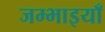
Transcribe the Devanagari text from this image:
जम्भाइयाँ